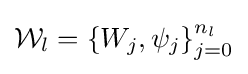
{\mathcal {W}}_{l}=\left\{W_{j},\psi _{j}\right\}_{j=0}^{n_{l}}